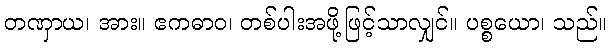
တဏှာယ၊ အား။ ဧကဓာဝ၊ တစ်ပါးအဖို့ဖြင့်သာလျှင်။ ပစ္စယော၊ သည်။